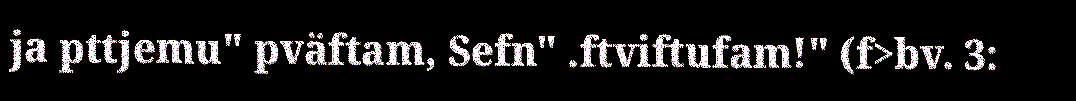
ja pttjemu" pväftam, Sefn" .ftviftufam!" (f>bv. 3: